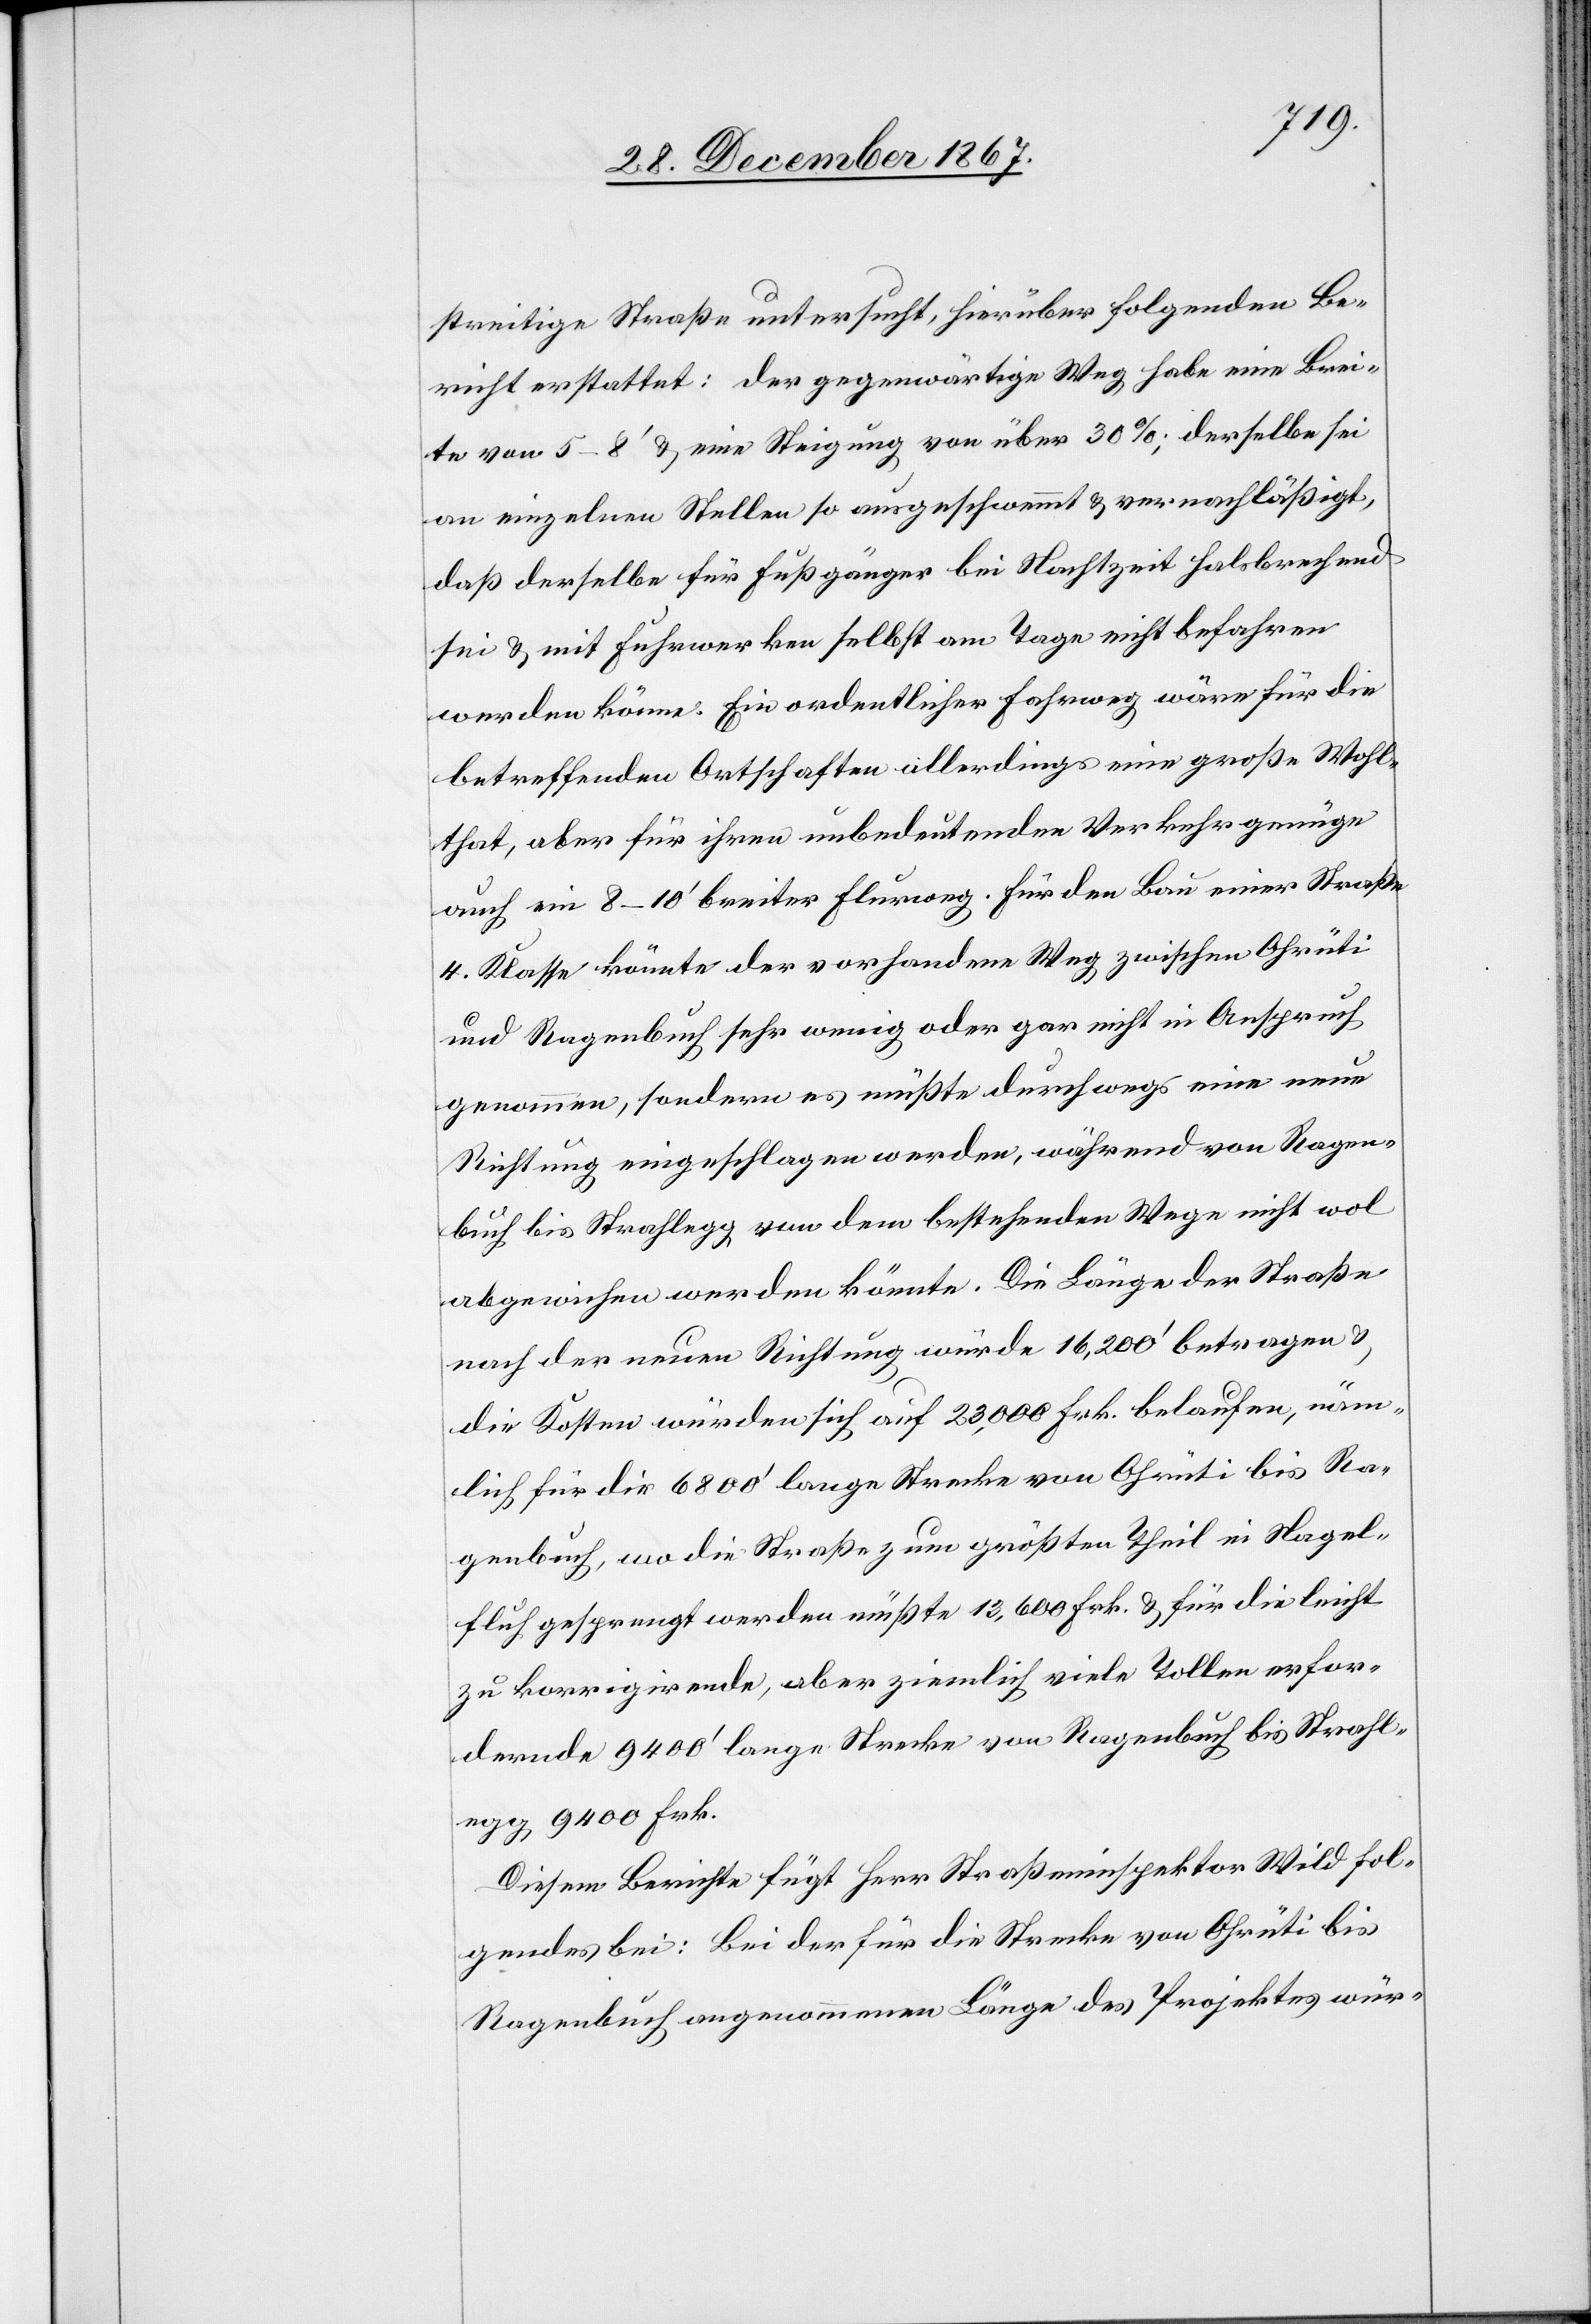
streitige Straße untersucht, hierüber folgenden Be¬
richt erstattet: der gegenwärtige Weg habe eine Brei¬
te von 5–8‘ u. eine Steigung von über 30 %; derselbe sei
an einzelnen Stellen so ausgeschwemmt u. vernachläßigt,
daß derselbe für Fußgänger bei Nachtzeit halsbrechend
sei u. mit Fuhrwerken selbst am Tage nicht befahren
werden könne. Ein ordentlicher Fahrweg wäre für die
betreffenden Ortschaften allerdings eine große Wohl¬
that, aber für ihren unbedeutenden Verkehr genüge
auch ein 8–10‘ breiter Flurweg. Für den Bau einer Straße
4. Klasse könnte der vorhandene Weg zwischen Ohrüti
und Ragenbuch sehr wenig oder gar nicht in Anspruch
genommen, sondern es müßte durchwegs eine neue
Richtung eingeschlagen werden, während von Ragen¬
buch bis Strahlegg von dem bestehenden Wege nicht wol
abgewichen werden könnte. Die Länge der Straße
nach der neuen Richtung würde 16 200‘ betragen u.
die Kosten würden sich auf 23 000 Frk. belaufen, näm¬
lich für die 6800‘ lange Strecke von Ohrüti bis Ra¬
genbuch, wo die Straße zum größten Theil in Nagel¬
fluh gesprengt werden müßte 13 600 Frk. u. für die leicht
zu korrigirende, aber ziemlich viele Tollen erfor¬
dernde 9400‘ lange Strecke von Ragenbuch bis Strahl¬
egg 9400 Frk.
Diesem Berichte fügt Herr Straßeninspektor Wild fol¬
gendes bei: Bei der für die Strecke von Ohrüti bis
Ragenbuch angenommenen Länge des Projektes wür-